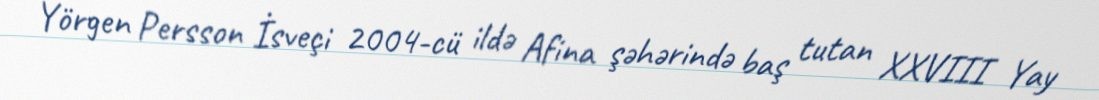
Yörgen Persson İsveçi 2004-cü ildə Afina şəhərində baş tutan XXVIII Yay